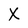
Character: X